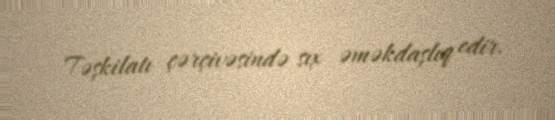
Təşkilatı çərçivəsində sıx əməkdaşlıq edir.